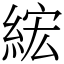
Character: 綋